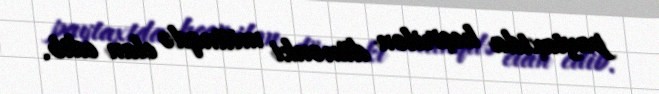
paytaxtda keçirilən dünənki mitinqdə elan edib.